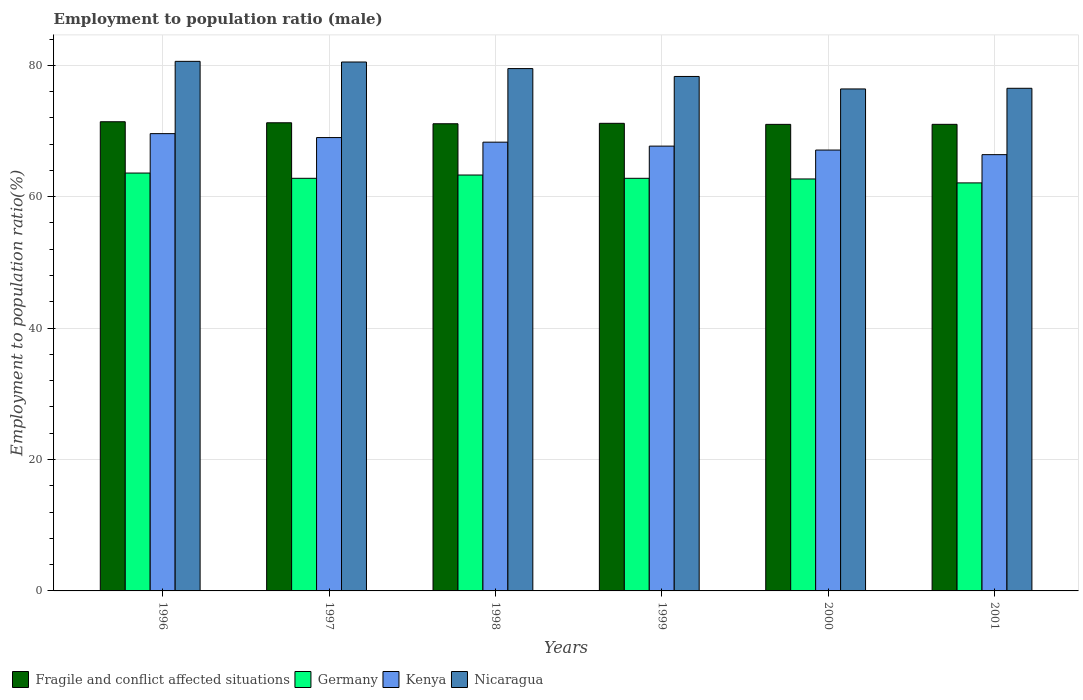
| Years | Fragile and conflict affected situations | Germany | Kenya | Nicaragua |
 | --- | --- | --- | --- | --- |
 | 1996 | 71.4 | 63.6 | 69.6 | 80.6 |
 | 1997 | 71.3 | 62.8 | 69 | 80.5 |
 | 1998 | 71.1 | 63.3 | 68.3 | 79.5 |
 | 1999 | 71.2 | 62.8 | 67.7 | 78.3 |
 | 2000 | 71 | 62.7 | 67.1 | 76.4 |
 | 2001 | 71 | 62.1 | 66.4 | 76.5 |